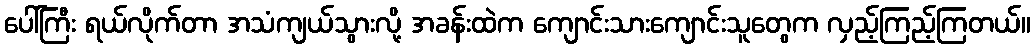
ပေါ်ကြီး ရယ်လိုက်တာ အသံကျယ်သွားလို့ အခန်းထဲက ကျောင်းသားကျောင်းသူတွေက လှည့်ကြည့်ကြတယ်။